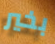
بخير